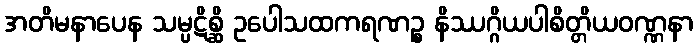
အတိမနာပေန သမ္ပဋိစ္ဆိ ဥပေါသထကရဏဉ္စ နိဿဂ္ဂိယပါစိတ္တိယဝဏ္ဏနာ